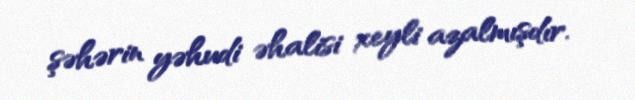
şəhərin yəhudi əhalisi xeyli azalmışdır.